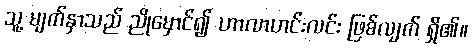
သူ့ မျက်နှာသည် ညိုမှောင်၍ ဟာလာဟင်းလင်း ဖြစ်လျက် ရှိ၏။